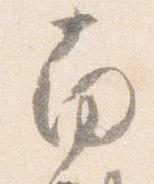
南